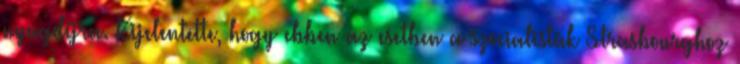
nyugdíjra. Kijelentette, hogy ebben az esetben a szocialisták Strasbourghoz